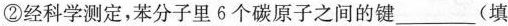
②经科学测定，苯分子里6个碳原子之间的键___(填